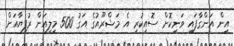
އިން އަންގާފައި ވަނިކޮށް ސޮއިކުރި އެ މަޝްރޫއުގެ އަގު 500 މިލިއަން ރުފިޔާއަށް